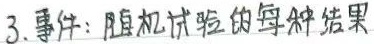
3. 事件：随机试验的每种结果